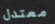
معتدل